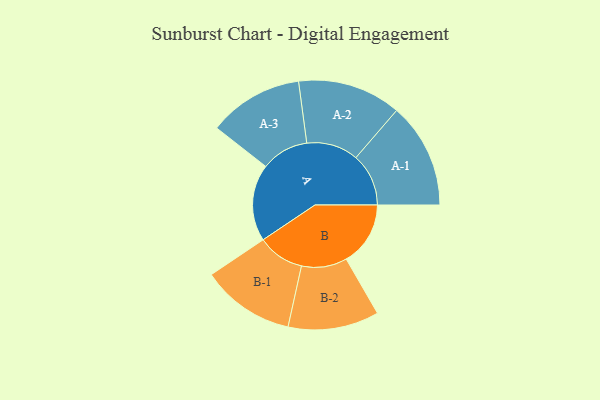
{"axis": {"x": "Segment", "y": "Value"}, "legend": ["", "A", "B"], "data": [{"x": "A", "y": 428, "type": ""}, {"x": "B", "y": 357, "type": ""}, {"x": "A-1", "y": 293, "type": "A"}, {"x": "A-2", "y": 288, "type": "A"}, {"x": "A-3", "y": 264, "type": "A"}, {"x": "B-1", "y": 260, "type": "B"}, {"x": "B-2", "y": 253, "type": "B"}]}